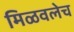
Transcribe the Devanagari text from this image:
मिळवलेच